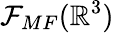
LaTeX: {\cal F}_{MF}(\mathbb{R}^{3})